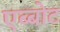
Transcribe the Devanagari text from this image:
एब्बोट